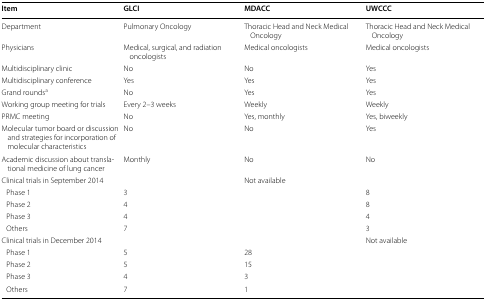
| Item | GLCI | MDACC | UWCCC |
 | --- | --- | --- | --- |
 | Department | Pulmonary Oncology | Thoracic Head and Neck Medical Oncology | Thoracic Head and Neck Medical Oncology |
 | Physicians | Medical, surgical, and radiation oncologists | Medical oncologists | Medical oncologists |
 | Multidisciplinary clinic | No | No | Yes |
 | Multidisciplinary conference | Yes | Yes | Yes |
 | Grand roundsa | No | Yes | Yes |
 | Working group meeting for trials | Every 2–3 weeks | Weekly | Weekly |
 | PRMC meeting | No | Yes, monthly | Yes, biweekly |
 | Molecular tumor board or discussion and strategies for incorporation of molecular characteristics | No | No | Yes |
 | Academic discussion about translational medicine of lung cancer | Monthly | No | No |
 | Clinical trials in September 2014 |  | Not available |  |
 | Phase 1 | 3 |  | 8 |
 | Phase 2 | 4 |  | 8 |
 | Phase 3 | 4 |  | 4 |
 | Others | 7 |  | 3 |
 | Clinical trials in December 2014 |  |  | Not available |
 | Phase 1 | 5 | 28 |  |
 | Phase 2 | 5 | 15 |  |
 | Phase 3 | 4 | 3 |  |
 | Others | 7 | 1 |  |